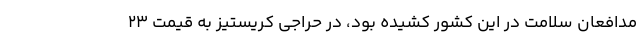
مدافعان سلامت در این کشور کشیده بود، در حراجی کریستیز به قیمت ۲۳